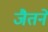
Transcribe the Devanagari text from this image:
जैतने